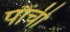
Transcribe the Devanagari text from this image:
पौंची